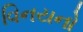
વિનયનો